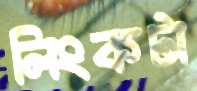
লিংকটা